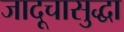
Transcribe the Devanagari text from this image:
जादूचासुद्धा